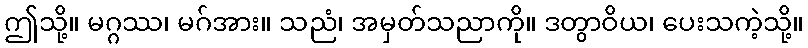
ဤသို့။ မဂ္ဂဿ၊ မဂ်အား။ သညံ၊ အမှတ်သညာကို။ ဒတွာဝိယ၊ ပေးသကဲ့သို့။